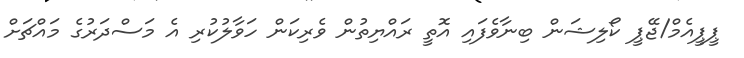
ޕީޕީއެމް/ޖޭޕީ ކޯލިޝަން ބިނާވެފައި އޮތީ ރައްޔިތުން ވެރިކަން ހަވާލުކުރި އެ މަސްދަރުގެ މައްޗަށް